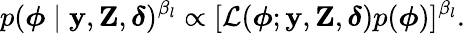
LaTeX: p(\boldsymbol{\phi}\mid\mathbf{y},\mathbf{Z},\boldsymbol{\delta})^{\beta_{l}}\propto[\mathcal{L}(\boldsymbol{\phi};\mathbf{y},\mathbf{Z},\boldsymbol{\delta})p(\boldsymbol{\phi})]^{\beta_{l}}.